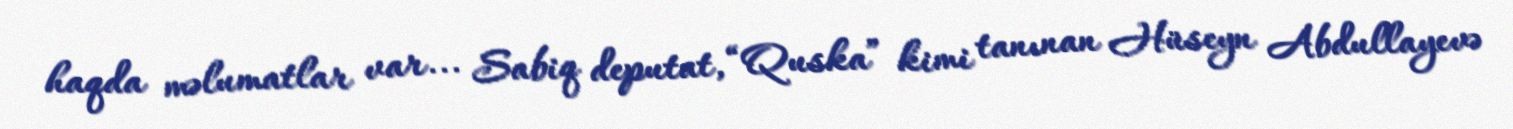
haqda məlumatlar var... Sabiq deputat, “Quska” kimi tanınan Hüseyn Abdullayevə